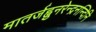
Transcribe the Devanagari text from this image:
मातर्जह्नुनरेन्द्रनन्दिनि